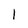
Character: 1